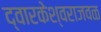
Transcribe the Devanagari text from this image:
द्वारकेश्वराजवळ